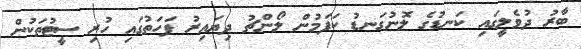
ބާރު ދުވެލީގައި ކަނޑުގެ ލޮނުގަނޑު ކަފަމުން ލޯންޗު ދިޔައިރު ފަހަތުގައި ހުރި ސީޓުތަކުން